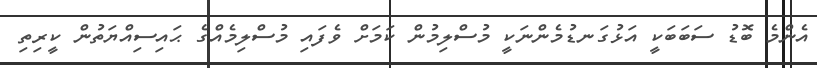
އެންމެ ބޮޑު ސަބަބަކީ އަޅުގަނޑުމެންނަކީ މުސްލިމުން ކަމަށް ވެފައި މުސްލިމެއްގެ ޙައިސިއްޔަތުން ކީރިތި